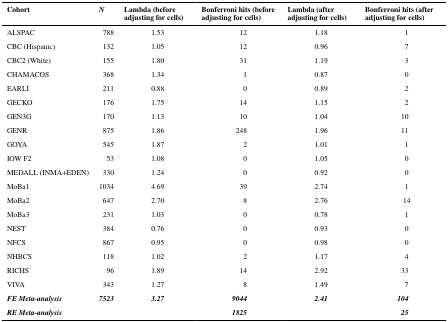
<table><thead><tr><td><b>Cohort</b></td><td><b><i>N</i></b></td><td><b>Lambda (before adjusting for cells)</b></td><td><b>Bonferroni hits (before adjusting for cells)</b></td><td><b>Lambda (after adjusting for cells)</b></td><td><b>Bonferroni hits (after adjusting for cells)</b></td></tr></thead><tbody><tr><td>ALSPAC</td><td>788</td><td>1.53</td><td>12</td><td>1.18</td><td>1</td></tr><tr><td>CBC (Hispanic)</td><td>132</td><td>1.05</td><td>12</td><td>0.96</td><td>7</td></tr><tr><td>CBC2 (White)</td><td>155</td><td>1.80</td><td>31</td><td>1.19</td><td>3</td></tr><tr><td>CHAMACOS</td><td>368</td><td>1.34</td><td>1</td><td>0.87</td><td>0</td></tr><tr><td>EARLI</td><td>211</td><td>0.88</td><td>0</td><td>0.89</td><td>2</td></tr><tr><td>GECKO</td><td>176</td><td>1.75</td><td>14</td><td>1.15</td><td>2</td></tr><tr><td>GEN3G</td><td>170</td><td>1.13</td><td>10</td><td>1.04</td><td>10</td></tr><tr><td>GENR</td><td>875</td><td>1.86</td><td>248</td><td>1.96</td><td>11</td></tr><tr><td>GOYA</td><td>545</td><td>1.87</td><td>2</td><td>1.01</td><td>1</td></tr><tr><td>IOW F2</td><td>53</td><td>1.08</td><td>0</td><td>1.05</td><td>0</td></tr><tr><td>MEDALL (INMA+EDEN)</td><td>330</td><td>1.24</td><td>0</td><td>0.92</td><td>0</td></tr><tr><td>MoBa1</td><td>1034</td><td>4.69</td><td>39</td><td>2.74</td><td>1</td></tr><tr><td>MoBa2</td><td>647</td><td>2.70</td><td>8</td><td>2.76</td><td>14</td></tr><tr><td>MoBa3</td><td>231</td><td>1.03</td><td>0</td><td>0.78</td><td>1</td></tr><tr><td>NEST</td><td>384</td><td>0.76</td><td>0</td><td>0.93</td><td>0</td></tr><tr><td>NFCS</td><td>867</td><td>0.95</td><td>0</td><td>0.98</td><td>0</td></tr><tr><td>NHBCS</td><td>118</td><td>1.02</td><td>2</td><td>1.17</td><td>4</td></tr><tr><td>RICHS</td><td>96</td><td>1.89</td><td>14</td><td>2.92</td><td>33</td></tr><tr><td>VIVA</td><td>343</td><td>1.27</td><td>8</td><td>1.49</td><td>7</td></tr><tr><td><i><b>FE Meta-analysis</b></i></td><td><i><b>7523</b></i></td><td><i><b>3.27</b></i></td><td><i><b>9044</b></i></td><td><i><b>2.41</b></i></td><td><i><b>104</b></i></td></tr><tr><td><i><b>RE Meta-analysis</b></i></td><td></td><td></td><td><i><b>1825</b></i></td><td></td><td><i><b>25</b></i></td></tr></tbody></table>